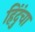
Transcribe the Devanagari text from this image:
हिंदुंचा